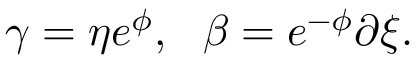
\gamma = \eta e ^ { \phi } , ~ ~ \beta = e ^ { - \phi } \partial \xi .